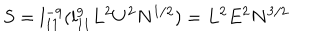
S = l _ { 1 1 } ^ { - 9 } ( l _ { 1 1 } ^ { 9 } L ^ { 2 } U ^ { 2 } N ^ { 1 / 2 } ) = L ^ { 2 } E ^ { 2 } N ^ { 3 / 2 }